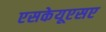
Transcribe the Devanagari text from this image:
एसकेयूएसए